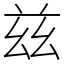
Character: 兹